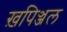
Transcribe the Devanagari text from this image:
ख़पिञ्जल